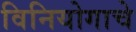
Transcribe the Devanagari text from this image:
विनियोगाचे